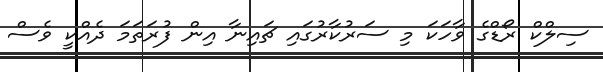
ސިލްކް ރޯޑްގެ ވާހަކަ މި ސަރުކާރުގައި ޗައިނާ އިން ފުރަތަމަ ދެއްކީ ވެސް